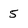
Character: 5